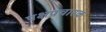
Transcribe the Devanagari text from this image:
पक्षप्रचारक